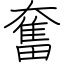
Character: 奮